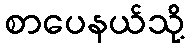
စာပေနယ်သို့